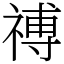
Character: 禣